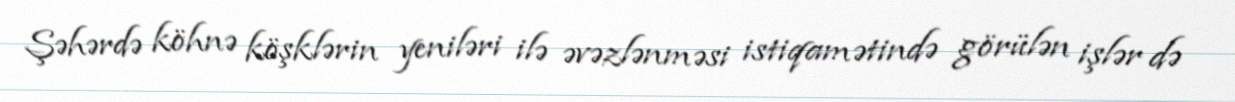
Şəhərdə köhnə köşklərin yeniləri ilə əvəzlənməsi istiqamətində görülən işlər də